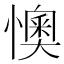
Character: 懊